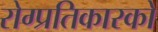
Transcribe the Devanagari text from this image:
रोग्प्रतिकारकों